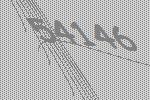
54146